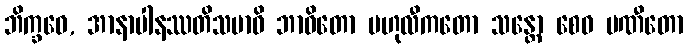
ဘိက္ခဝေ, အာနာပါနဿတိသမာဓိ ဘာဝိတော ဗဟုလီကတော သန္တော စေဝ ပဏီတော